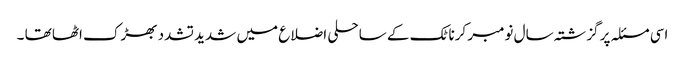
اسی مسئلہ پر گزشتہ سال نومبر کرناٹک کے ساحلی اضلاع میں شدید تشدد بھڑک اٹھا تھا ۔